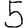
Digit: 5